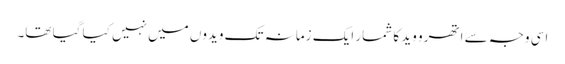
اسی وجہ سے اتھرو وید کا شمار ایک زمانہ تک ویدوں میں نہیں کیا گیا تھا۔